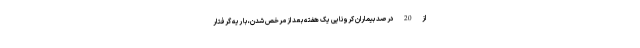
از 20 درصد بیماران کرونایی یک هفته بعد از مرخص شدن، با ریه گرفتار